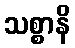
သစ္စာနိ